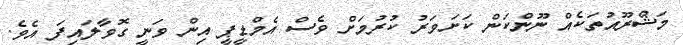
މަޝްރޫއުތަކެއް ނޫންކަން ކަށަވަރު ކުރުމަށް ވެސް އެމްޑީޕީ އިން ވަނީ ގޮވާލައިފަ އެވެ.